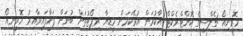
މޮރީނިއޯ ޗެލްސީގެ ކޮންޓްރެކްޓް އާކުރަން އުޅޭކަމަށް މީޑިޔާ ރިޕޯޓުތަށް ބުނަން ފަށާފައިވާއިރު މޮރީނިއޯ